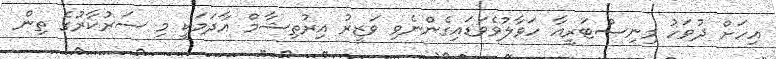
އިހަށް ދުވަހު މިނިސްޓަރީއާ ހަވާލުވެވަޑައިގެންނެވި ވަޒީރު އިރުތިޝާމް އާދަމަކީ މި ސަރުކާރުގެ ތިން